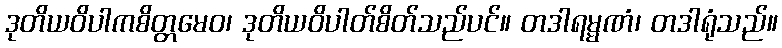
ဒုတိယဝိပါကစိတ္တမေဝ၊ ဒုတိယဝိပါတ်စိတ်သည်ပင်။ တဒါရမ္မဏံ၊ တဒါရုံသည်။